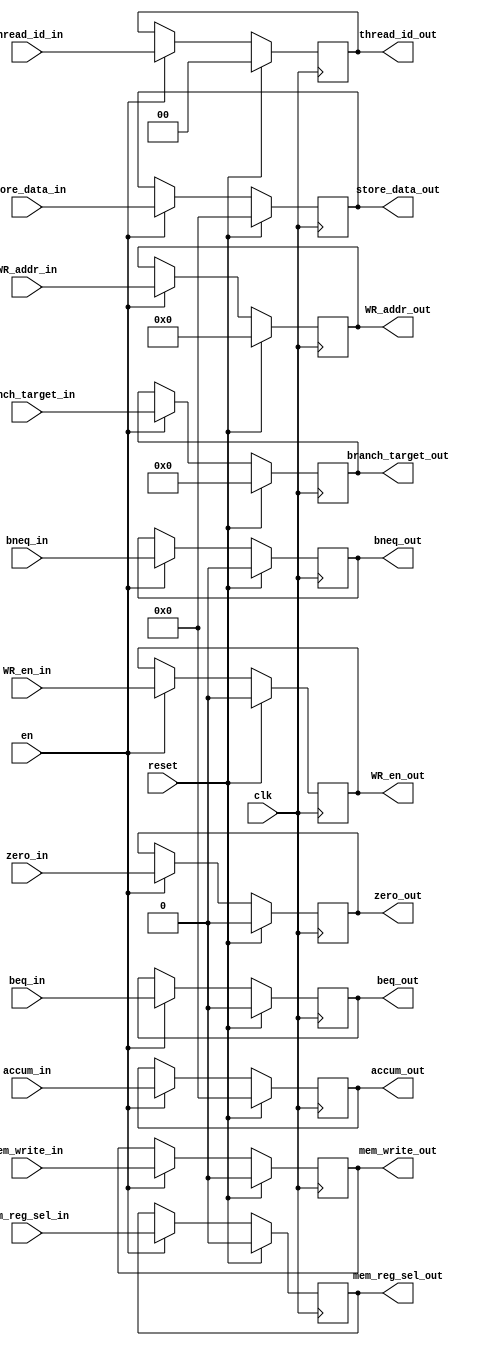
module pipe_execute_mem
   #(parameter DATAPATH_WIDTH = 64,
	  parameter REGFILE_ADDR_WIDTH = 5,
	  parameter INST_ADDR_WIDTH = 9,
	  parameter THREAD_BITS = 2)

   (input [INST_ADDR_WIDTH-1:0] branch_target_in,
    input [DATAPATH_WIDTH-1:0] accum_in,
    input [DATAPATH_WIDTH-1:0] store_data_in,
    input [REGFILE_ADDR_WIDTH-1:0] WR_addr_in,
	 input WR_en_in,
	 input beq_in,
	 input bneq_in,
	 input mem_write_in,
	 input zero_in,
	 input mem_reg_sel_in,
	 input [THREAD_BITS-1:0] thread_id_in,
    input clk,
    input en,
	 input reset,
	 
    output reg [INST_ADDR_WIDTH-1:0] branch_target_out,
    output reg [DATAPATH_WIDTH-1:0] accum_out,
    output reg [DATAPATH_WIDTH-1:0] store_data_out,
    output reg [REGFILE_ADDR_WIDTH-1:0] WR_addr_out,
	 output reg [THREAD_BITS-1:0]	thread_id_out,
	 output reg WR_en_out,

	 output reg beq_out,
	 output reg bneq_out,
	 output reg mem_write_out,
	 output reg zero_out,

	 output reg mem_reg_sel_out
	 );
	 
always @ (posedge clk) 
  begin
	 if (reset) begin
		branch_target_out <= 'd0;
		accum_out 		<= 'd0;
		store_data_out <= 'd0;
		WR_addr_out 	<= 'd0;
		WR_en_out		<= 'd0;
		beq_out			<= 'd0;
		bneq_out			<= 'd0;
		mem_write_out	<= 'd0;
		zero_out			<= 'd0;
		mem_reg_sel_out <= 'd0;
		thread_id_out <= 'd0;
	 end
	 else if (en) begin
		branch_target_out 	<= branch_target_in;
		accum_out 		<= accum_in;
		store_data_out <= store_data_in;
		WR_addr_out 	<= WR_addr_in;
		WR_en_out		<= WR_en_in;
		beq_out			<= beq_in;
		bneq_out			<= bneq_in;
		mem_write_out	<= mem_write_in;
		zero_out			<= zero_in;
		mem_reg_sel_out<= mem_reg_sel_in;
		thread_id_out <= thread_id_in;
	 end
	end	 
endmodule